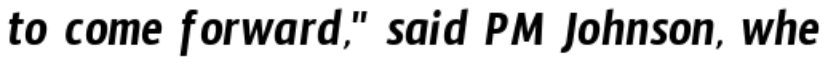
to come forward," said PM Johnson, whe